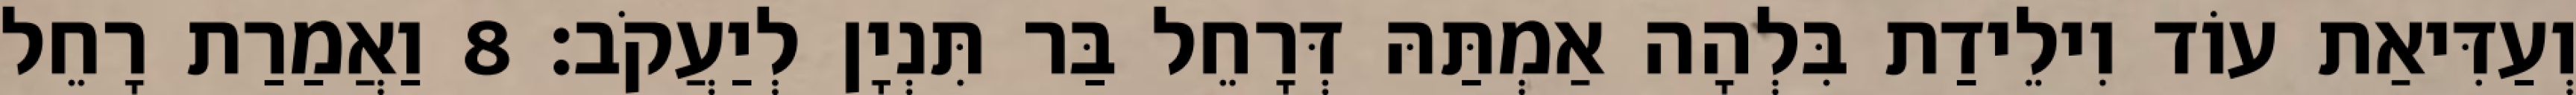
וְעַדִּיאַת עוֹד וִילֵידַת בִּלְהָה אַמְתַּהּ דְּרָחֵל בַּר תִּנְיָן לְיַעֲקֹב׃ 8 וַאֲמַרַת רָחֵל